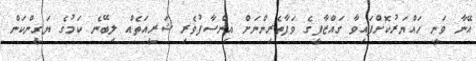
އޭނާ ވަނީ ހައްޔަރުކޮށްފައިވާ ގައްޒާފީގެ ވަފާތެރިންނަށް އިންސާފުވެރި ޝަރީއަތެއް ލިބޭނެ ކަމުގެ ޔަގީންކަން